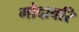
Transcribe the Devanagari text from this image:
गोदावरि